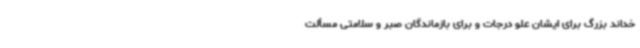
خداند بزرگ برای ایشان علو درجات و برای بازماندگان صبر و سلامتی مسألت